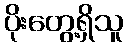
ပိုးတွေ့ရှိသူ